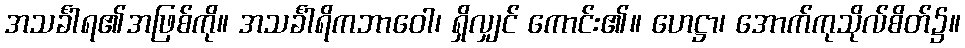
အသင်္ခါရ၏အဖြစ်ကို။ အသင်္ခါရိကဘာဝေါ၊ ရှိလျှင် ကောင်း၏။ ဟေဋ္ဌာ၊ အောက်ကုသိုလ်စိတ်၌။